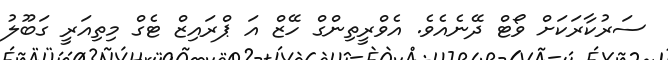
ސަރުކާރަކަށް ވޯޓް ދޭނެއެވެ. އެވްރީތިންގް ހޭޒް އަ ޕްރައިޒް ޓެގް މިތިއަރީ ގަބޫލު